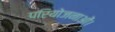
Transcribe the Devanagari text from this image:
परियोजनाओं।